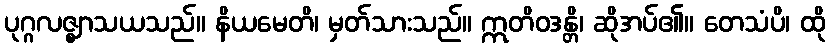
ပုဂ္ဂလဇ္ဈာသယသည်။ နိယမေတိ၊ မှတ်သားသည်။ ဣတိဝဒန္တိ၊ ဆိုအပ်၏။ တေသံပိ၊ ထို